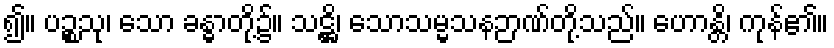
၍။ ပဉ္စသု၊ သော ခန္ဓာတို့၌။ သဋ္ဌိ၊ သောသမ္မသနဉာဏ်တို့သည်။ ဟောန္တိ၊ ကုန်၏။